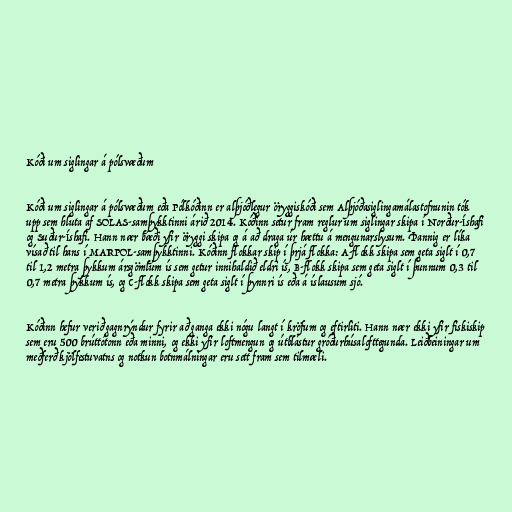
Kóði um siglingar á pólsvæðum

Kóði um siglingar á pólsvæðum eða Pólkóðinn er alþjóðlegur öryggiskóði sem Alþjóðasiglingamálastofnunin tók
upp sem hluta af SOLAS-samþykktinni árið 2014. Kóðinn setur fram reglur um siglingar skipa í Norður-Íshafi
og Suður-Íshafi. Hann nær bæði yfir öryggi skipa og á að draga úr hættu á mengunarslysum. Þannig er líka
vísað til hans í MARPOL-samþykktinni. Kóðinn flokkar skip í þrjá flokka: A-flokk skipa sem geta siglt í 0,7
til 1,2 metra þykkum ársgömlum ís sem getur innihaldið eldri ís, B-flokk skipa sem geta siglt í þunnum 0,3 til
0,7 metra þykkum ís, og C-flokk skipa sem geta siglt í þynnri ís eða á íslausum sjó.

Kóðinn hefur verið gagnrýndur fyrir að ganga ekki nógu langt í kröfum og eftirliti. Hann nær ekki yfir fiskiskip
sem eru 500 brúttótonn eða minni, og ekki yfir loftmengun og útblástur gróðurhúsalofttegunda. Leiðbeiningar um
meðferð kjölfestuvatns og notkun botnmálningar eru sett fram sem tilmæli.